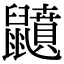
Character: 𪖅